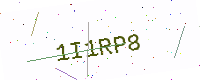
Text: 1I1RP8